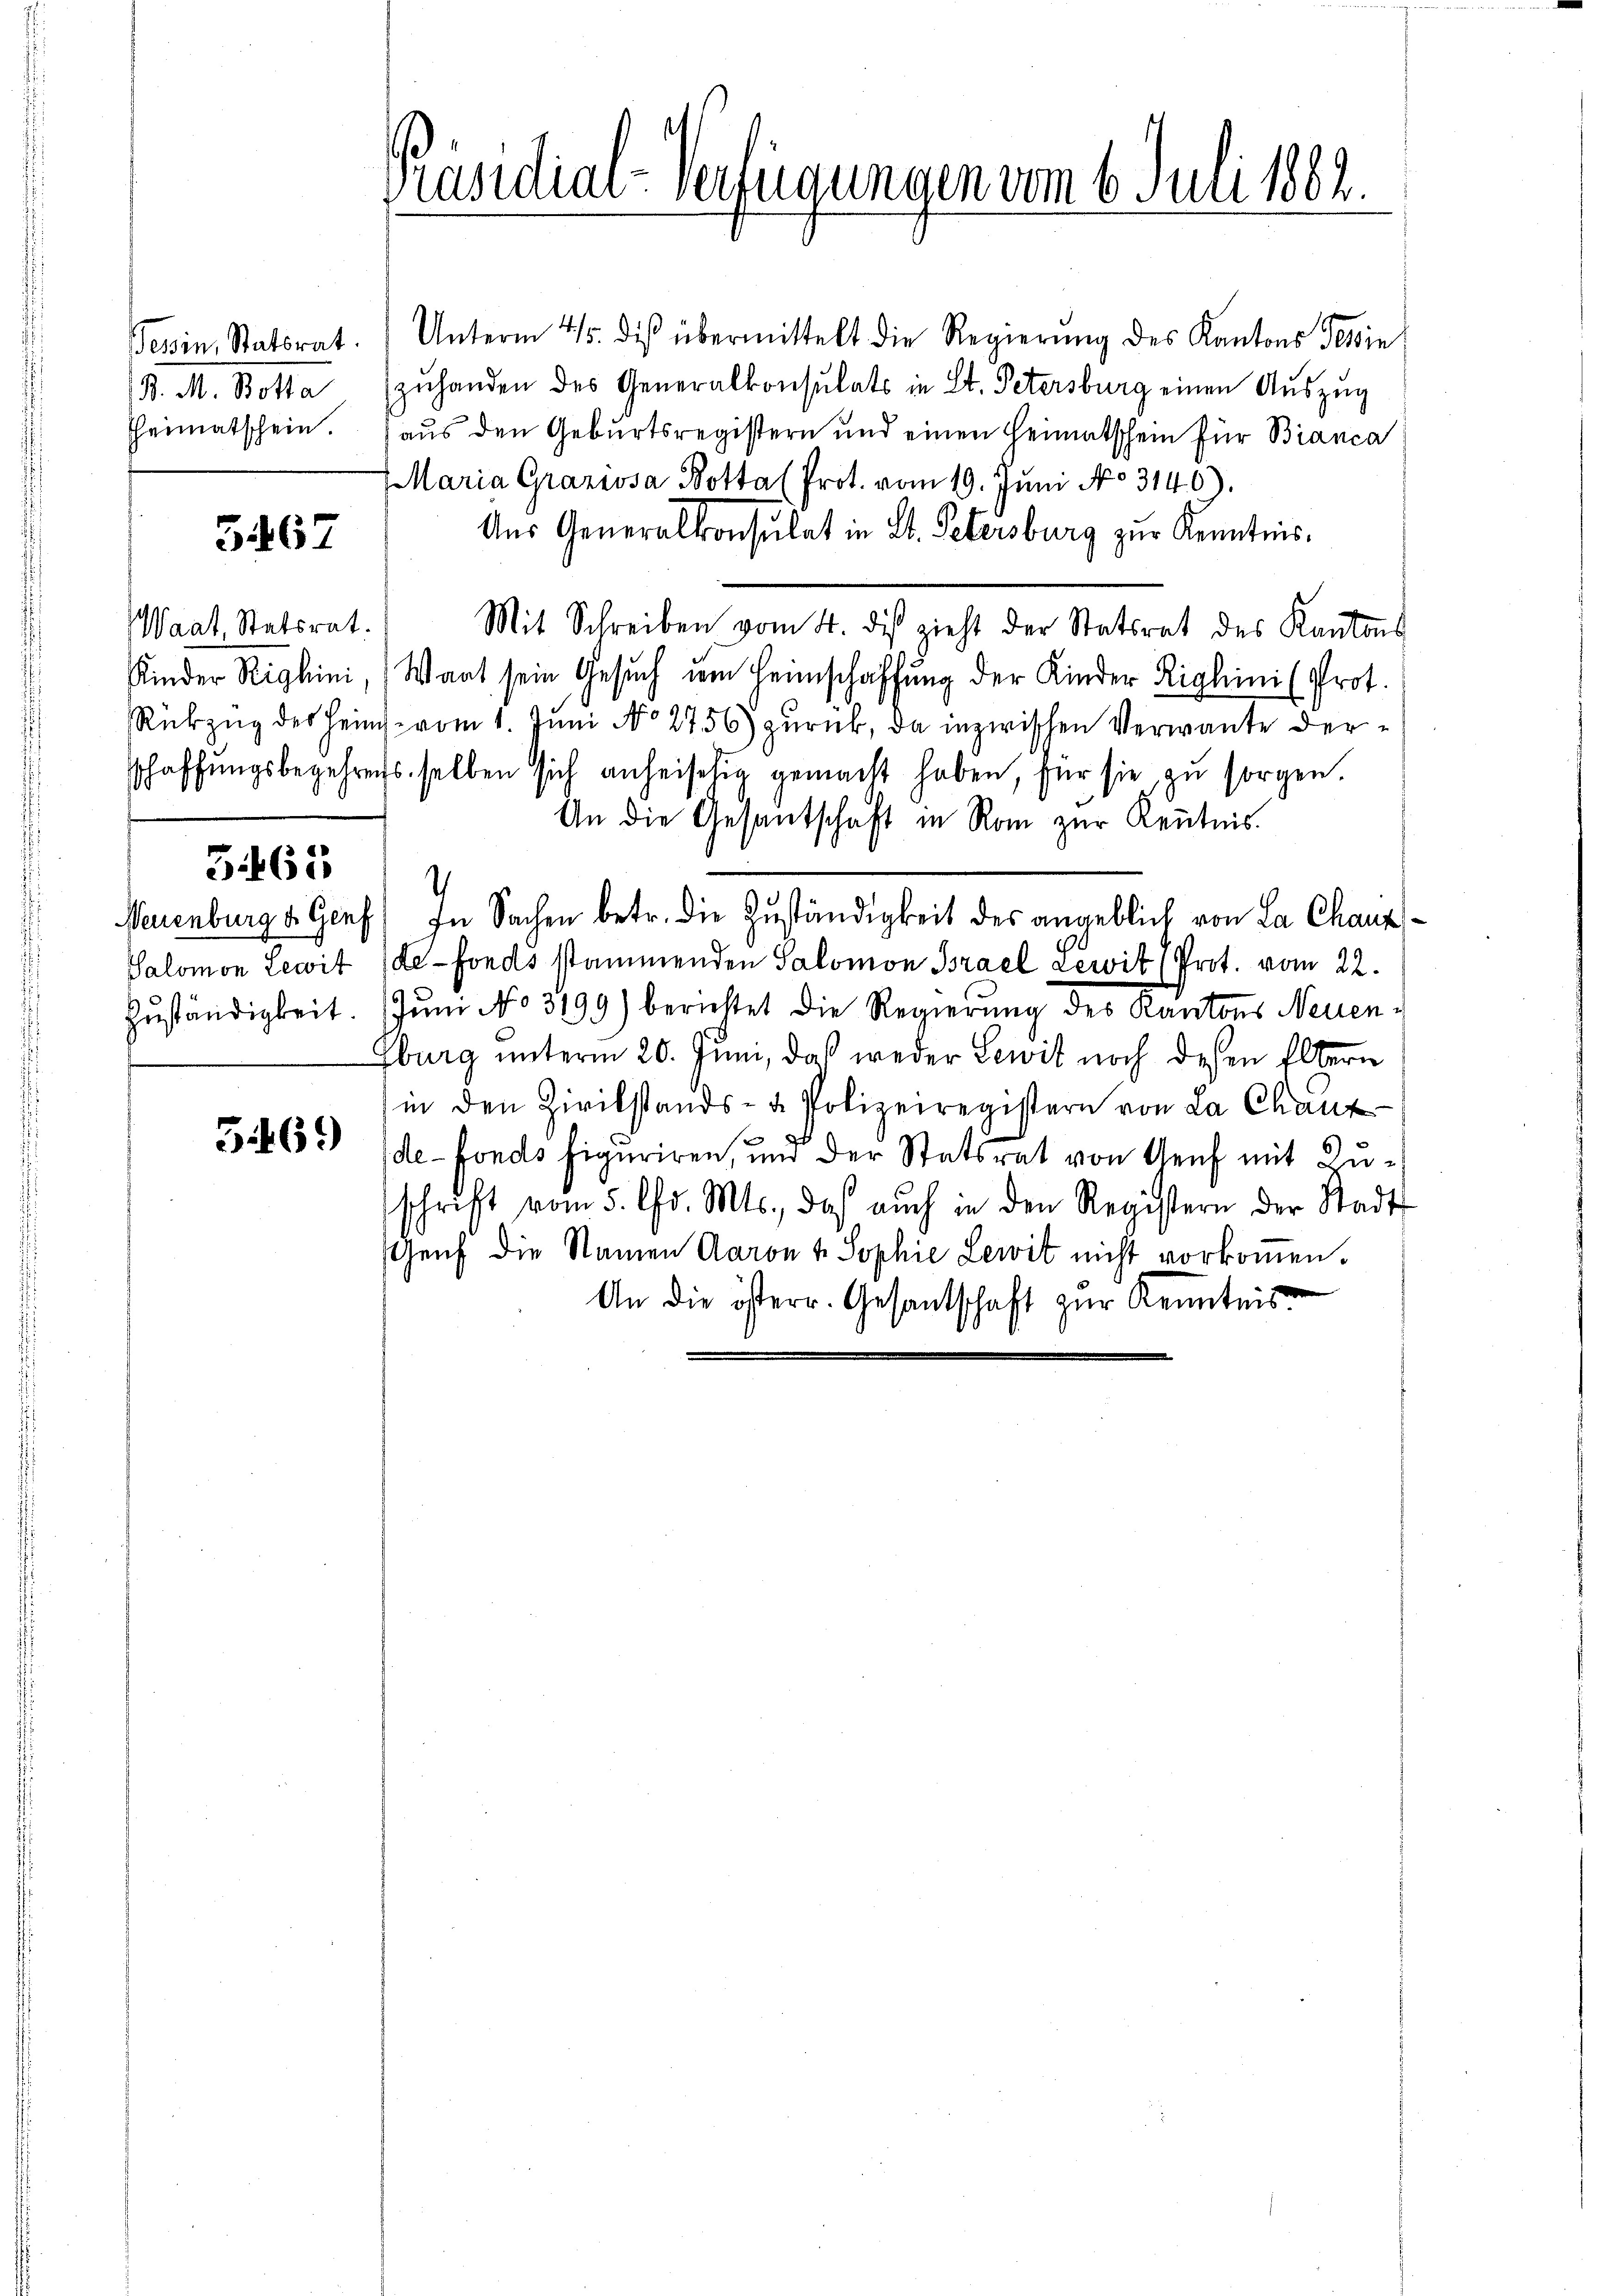
Tessin, Statsrat.
B. M. Botta
Theimatschein.

5467

aat, Statsrat.

3.161

Palomon Lewit
Zuständigkeit.

3.469

Präsidial-Verfügungen vom 6. Juli 1882.

Unterm 45. des übermittelt die Regierung des Kantons Tessin
zuhanden des Generalkonsulats in St. Petersburg einen Auszug
aus den Geburtsregistern und einen Heimatschein für Bianca
Maria Graziosa Botta (Prot. vom 19. Juni No 3140).
Aus Generalkonsulat in St. Petersburg zur Kenntnis.
Mit Schreiben vom 4. dis zieht der Statsrat des Kantons
Kinder Righini, Wart sein Gesuch um Heimschaffung der Kinder Righini (Prot.
Rükzug des Heinche vom 1. Juni No 2756) zurück, da inzwischen Verwante derschaffungsbegehrens selben sich anheisehig gemacht haben, für sie zu sorgen.
An die Gesantschaft in Rom zur Kenntnis.
.
Neuenburg d. Genf) In Sachen betr. die Zuständigkeit des angeblich von La Chausde-Fonds stammenden Salomon Brael Lewit (Prot. vom 22.
Jum No 3199) berichtet die Regierung des Kantons Neuen¬
Eburg unterm 20. Juni, daß weder Lewit noch diesen Eltern
in den Zivilstands- u. Polizeiregistern von La Chanz
de-Fonds figuriren, und der Statsrat von Genf mit Zuschrift vom 5. Chr. Mts., daß auch in den Registern der Stadt
sGenf die Namen Aaron 4. Sophie Lewit nicht vorkommen.
An die österr. Gesandschaft zur Kenntnis